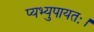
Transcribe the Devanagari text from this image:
प्यभ्युपायतः।